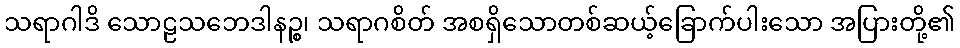
သရာဂါဒိ သောဠသဘေဒါနဉ္စ၊ သရာဂစိတ် အစရှိသောတစ်ဆယ့်ခြောက်ပါးသော အပြားတို့၏